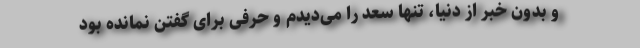
و بدون خبر از دنیا، تنها سعد را می‌دیدم و حرفی برای گفتن نمانده بود